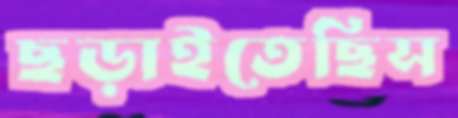
ছড়াইতেছিস